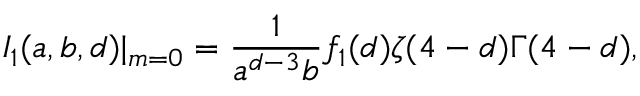
I _ { 1 } ( a , b , d ) | _ { m = 0 } = \frac { 1 } { a ^ { d - 3 } b } f _ { 1 } ( d ) \zeta ( 4 - d ) \Gamma ( 4 - d ) ,